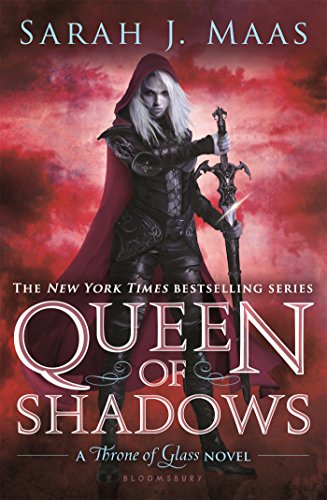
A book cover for Queen of Shadows (Throne of Glass); Sarah J. Maas; Teen & Young Adult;